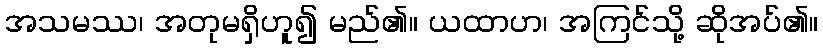
အသမဿ၊ အတုမရှိဟူ၍ မည်၏။ ယထာဟ၊ အကြင်သို့ ဆိုအပ်၏။